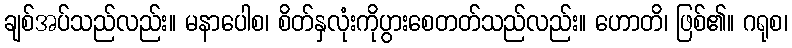
ချစ်အပ်သည်လည်း။ မနာပေါစ၊ စိတ်နှလုံးကိုပွားစေတတ်သည်လည်း။ ဟောတိ၊ ဖြစ်၏။ ဂရုစ၊